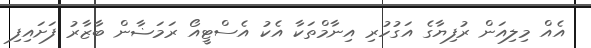
އެއް މިލިއަން ރުފިޔާގެ އަގުހުރި އިނާމްތަކާ އެކު އެސްޓީއޯ ރަމަޟާން ބާޒާރު ފަށައިފި